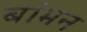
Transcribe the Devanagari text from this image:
बांभन